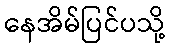
နေအိမ်ပြင်ပသို့